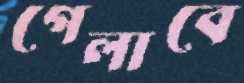
গেলাবে